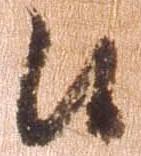
候